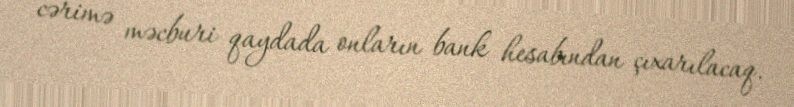
cərimə məcburi qaydada onların bank hesabından çıxarılacaq.